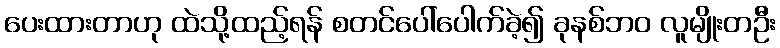
ပေးထားတာဟု ထဲသို့ထည့်ရန် စတင်ပေါ်ပေါက်ခဲ့၍ ခုနစ်ဘ၀ လူမျိုးတဦး